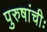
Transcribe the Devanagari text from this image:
पुरुषांचीः